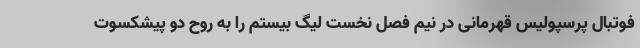
فوتبال پرسپولیس قهرمانی در نیم فصل نخست لیگ بیستم را به روح دو پیشکسوت